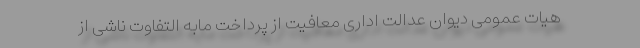
هیات عمومی دیوان عدالت اداری معافیت از پرداخت مابه التفاوت ناشی از